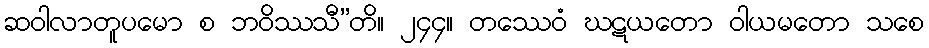
ဆဝါလာတူပမော စ ဘဝိဿသီ”တိ။ ၂၄၄။ တဿေဝံ ဃဋယတော ဝါယမတော သစေ